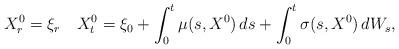
LaTeX: \begin{align*}X_{r}^0=\xi_r\quad{X}_t^0= \xi_0+ \int_{0}^{t}\mu(s,X^0)\,ds+ \int_{0}^{t}\sigma(s,X^0)\,dW_s,\end{align*}